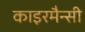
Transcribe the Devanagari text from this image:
काइरमैन्सी